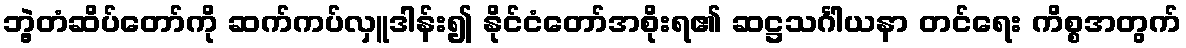
ဘွဲ့တံဆိပ်တော်ကို ဆက်ကပ်လှူဒါန်း၍ နိုင်ငံတော်အစိုးရ၏ ဆဋ္ဌသင်္ဂါယနာ တင်ရေး ကိစ္စအတွက်